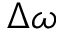
\Delta \omega